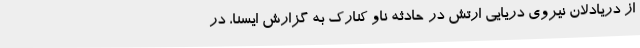
از دریادلان نیروی دریایی ارتش در حادثه ناو کنارک به گزارش ایسنا، در